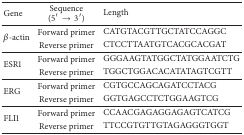
| Gene | Sequence (5′ → 3′) | Length |
 | --- | --- | --- |
 | <ROWSPAN=2> β-actin | Forward primer | CATGTACGTTGCTATCCAGGC |
 | Reverse primer | CTCCTTAATGTCACGCACGAT |
 | <ROWSPAN=2> ESR1 | Forward primer | GGGAAGTATGGCTATGGAATCTG |
 | Reverse primer | TGGCTGGACACATATAGTCGTT |
 | <ROWSPAN=2> ERG | Forward primer | CGTGCCAGCAGATCCTACG |
 | Reverse primer | GGTGAGCCTCTGGAAGTCG |
 | <ROWSPAN=2> FLI1 | Forward primer | CCAACGAGAGGAGAGTCATCG |
 | Reverse primer | TTCCGTGTTGTAGAGGGTGGT |